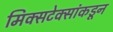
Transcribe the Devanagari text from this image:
मिक्सटेक्सांकडून